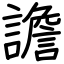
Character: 譫